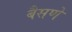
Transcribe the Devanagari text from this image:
बैसणे